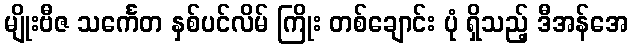
မျိုးဗီဇ သင်္ကေတ နှစ်ပင်လိမ် ကြိုး တစ်ချောင်း ပုံ ရှိသည့် ဒီအန်အေ